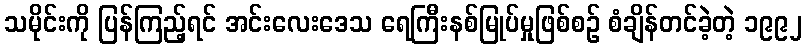
သမိုင်းကို ပြန်ကြည့်ရင် အင်းလေးဒေသ ရေကြီးနစ်မြုပ်မှုဖြစ်စဉ် စံချိန်တင်ခဲ့တဲ့ ၁၉၉၂